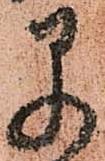
早